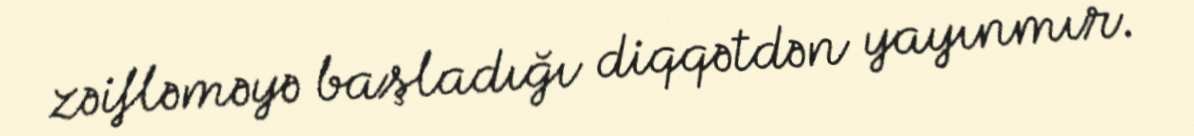
zəifləməyə başladığı diqqətdən yayınmır.